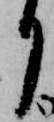
り